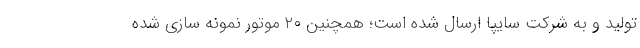
تولید و به شرکت سایپا ارسال شده است؛ همچنین ۲۰ موتور نمونه سازی شده